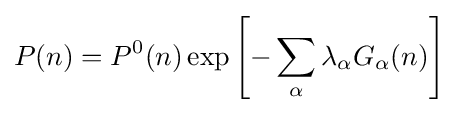
P(n)=P^{0}(n)\exp \left[-\sum _{\alpha }\lambda _{\alpha }G_{\alpha }(n)\right]